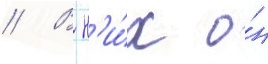
// В н'и́х о́н